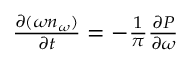
\begin{array} { r } { \frac { \partial ( \omega n _ { \omega } ) } { \partial t } = - \frac { 1 } { \pi } \frac { \partial P } { \partial \omega } } \end{array}